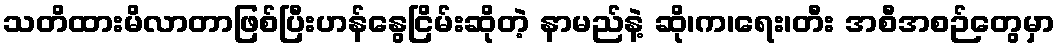
သတိထားမိလာတာဖြစ်ပြီးဟန်နွေငြိမ်းဆိုတဲ့ နာမည်နဲ့ ဆို၊က၊ရေး၊တီး အစီအစဉ်တွေမှာ